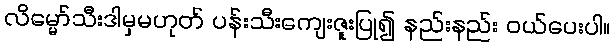
လိမ္မော်သီးဒါမှမဟုတ် ပန်းသီးကျေးဇူးပြု၍ နည်းနည်း ဝယ်ပေးပါ။